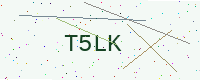
Text: T5LK